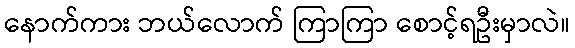
နောက်ကား ဘယ်လောက် ကြာကြာ စောင့်ရဦးမှာလဲ။